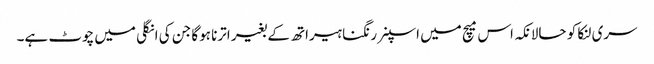
سری لنکا کو حالانکہ اس میچ میں اسپنر رنگنا ہیراتھ کے بغیر اترنا ہوگا جن کی انگلی میں چوٹ ہے۔